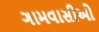
ગામવાસીઓ